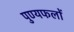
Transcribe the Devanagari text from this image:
पुण्यफलों